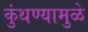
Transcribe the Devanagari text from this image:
कुंथण्यामुळे